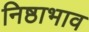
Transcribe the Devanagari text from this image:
निष्ठाभाव